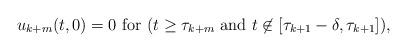
LaTeX: \begin{align*}u_{k+m}(t, 0) = 0 \mbox{ for } (t \ge \tau_{k+m} \mbox{ and } t \not \in [\tau_{k+1} - \delta, \tau_{k+1}]),\end{align*}